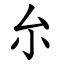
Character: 厼